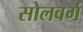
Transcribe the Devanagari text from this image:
सोलवर्ग